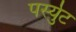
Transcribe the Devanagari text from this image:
पर्स्युट